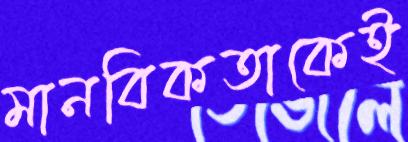
মানবিকতাকেই